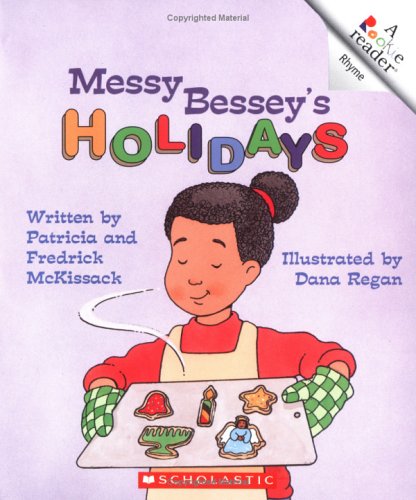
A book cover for Messy Bessey's Holidays (Rookie Readers: Level B); Patricia C. McKissack; Children's Books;